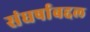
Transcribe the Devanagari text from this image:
संघर्षाबद्दल